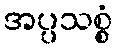
အပ္ပသစ္စံ